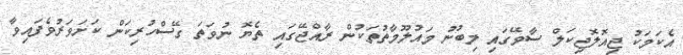
އެކަމަކު ޖިއޮލޮޖިކަލް ސާވޭގައި ލިބުނު މައުލޫމާތުތަކުން ރާއްޖޭގައި ތެޔޮ ނުވަތަ ގޭސްހުރިކަން ކަށަވަރުވެފައިވާ